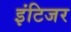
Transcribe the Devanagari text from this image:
इंटिजर